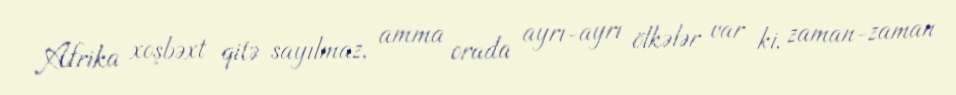
Afrika xoşbəxt qitə sayılmaz, amma orada ayrı-ayrı ölkələr var ki, zaman-zaman